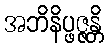
အဘိနိပ္ဖဇ္ဇန္တိ